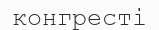
конгресті